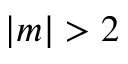
| m | > 2